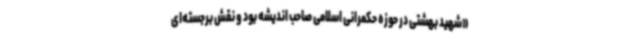
«شهید بهشتی در حوزه حکمرانی اسلامی صاحب اندیشه بود و نقش برجسته‌ای